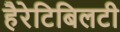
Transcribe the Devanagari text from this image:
हैरेटिबिलटी